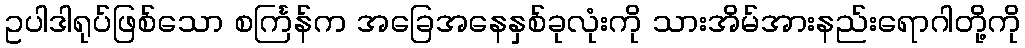
ဥပါဒါရုပ်ဖြစ်သော စင်္ကြန်က အခြေအနေနှစ်ခုလုံးကို သားအိမ်အားနည်းရောဂါတို့ကို